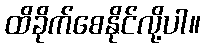
ထိခိုက်စေနိုင်လို့ပါ။